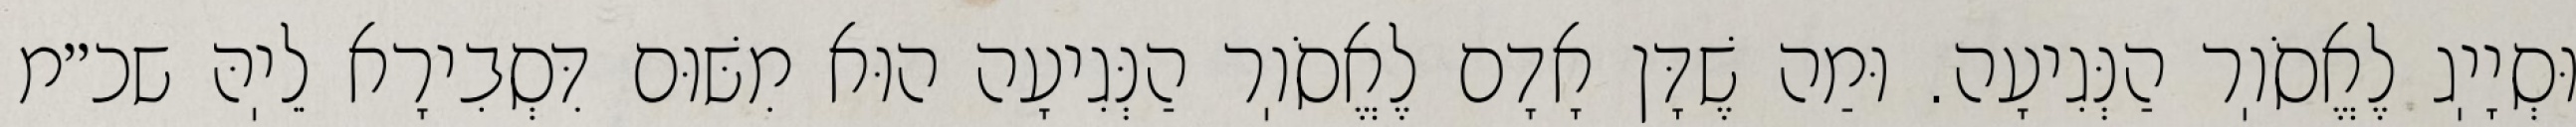
וּסְיָיֽג לֶאֱסֹוֽר הַנְּגִיעָה. וּמַה שֶׁדָּן אָדָם לֶאֱסֹוֽר הַנְּגִיעָה הוּא מִשּׁוּם דִּסְבִירָא לֵיֽהּ שכ״מ